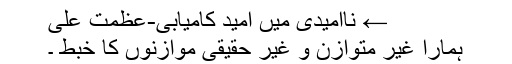
← ناامیدی میں امید کامیابی-عظمت علی
ہمارا غیر متوازن و غیر حقیقی موازنوں کا خبط ۔